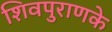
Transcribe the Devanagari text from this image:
शिवपुराणके